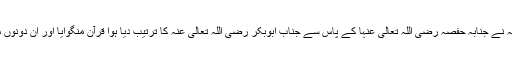
حضرت عثمان رضی اللہ تعالی عنہ نے جنابہ حفصہ رضی اللہ تعالی عنہا کے پاس سے جناب ابوبکر رضی اللہ تعالی عنہ کا ترتیب دیا ہوا قرآن منگوایا اور ان دونوں‌ مصحف‌ کا آپس میں‌ موازنہ کیا گیا۔